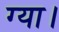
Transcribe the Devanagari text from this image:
ग्या।